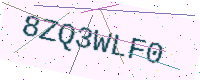
Text: 8ZQ3WLF0